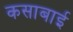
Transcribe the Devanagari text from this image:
कसाबाई